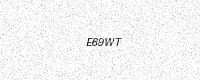
Text: E69WT